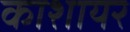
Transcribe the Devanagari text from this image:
काशायर